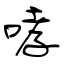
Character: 哮